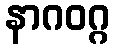
နာဂဝဂ္ဂ